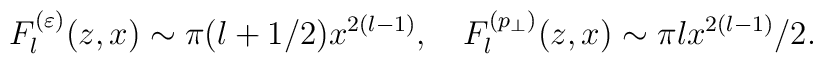
F_l^{(\varepsilon )}(z,x)\sim \pi (l+1/2)x^{2(l-1)},\quad F_l^{(p_\perp )}(z,x)\sim \pi lx^{2(l-1)}/2.